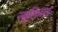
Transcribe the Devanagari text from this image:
स्मृतिभाव